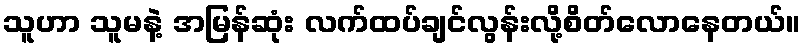
သူဟာ သူမနဲ့ အမြန်ဆုံး လက်ထပ်ချင်လွန်းလို့စိတ်လောနေတယ်။